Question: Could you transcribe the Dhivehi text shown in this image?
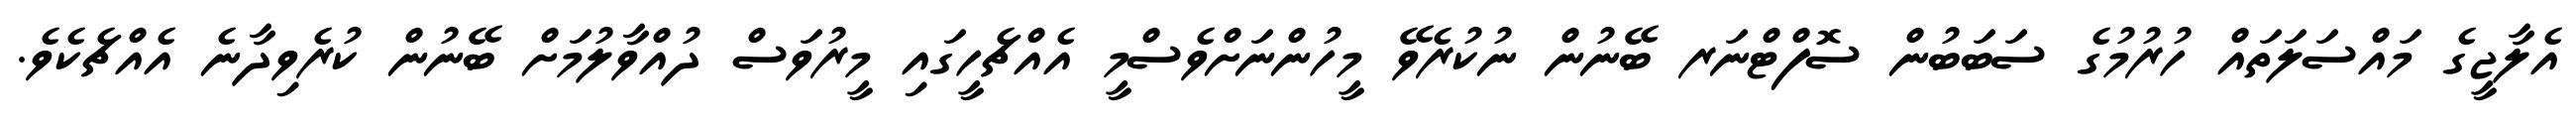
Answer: އެލާޖީގެ މައްސަލަތައް ހުރުމުގެ ސަބަބުން ސޮފްޓްނަރ ބޭނުން ނުކުރެވޭ މީހުންނަށްވެސްމީ އެއްޗެހީގައި މީރުވަސް ދުއްވާލުމަށް ބޭނުން ކުރެވިދާނެ އެއްޗެކެވެ.